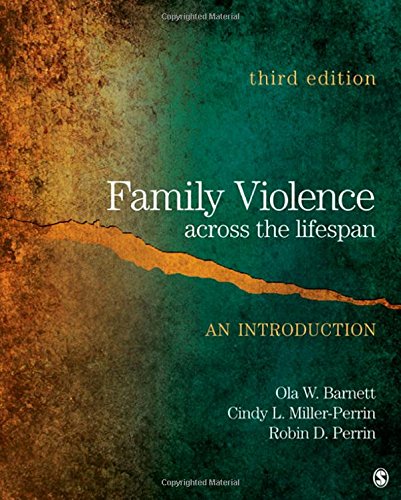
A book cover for Family Violence Across the Lifespan: An Introduction; Ola W. Barnett; Parenting & Relationships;